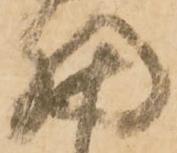
細